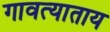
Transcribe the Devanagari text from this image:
गावत्याताय